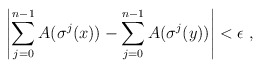
\begin{align*}\left| \sum_{j=0}^{n-1} A(\sigma^j(x)) - \sum_{j=0}^{n-1} A(\sigma^j(y)) \right| < \epsilon \ ,\end{align*}